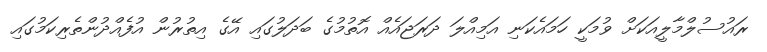
ރައުސުލްމާލީއަކަށް ވުމަކީ ހަމައެކަނި އަމިއްލަ ދަރަޖައެއް އޮތުމުގެ ބަދަލުގައި އޭގެ އިތުރުން އުފެއްދުންތެރިކަމުގައި